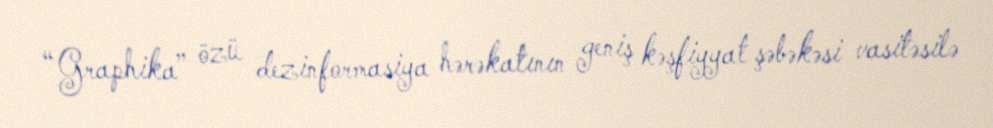
“Graphika” özü dezinformasiya hərəkatının geniş kəşfiyyat şəbəkəsi vasitəsilə